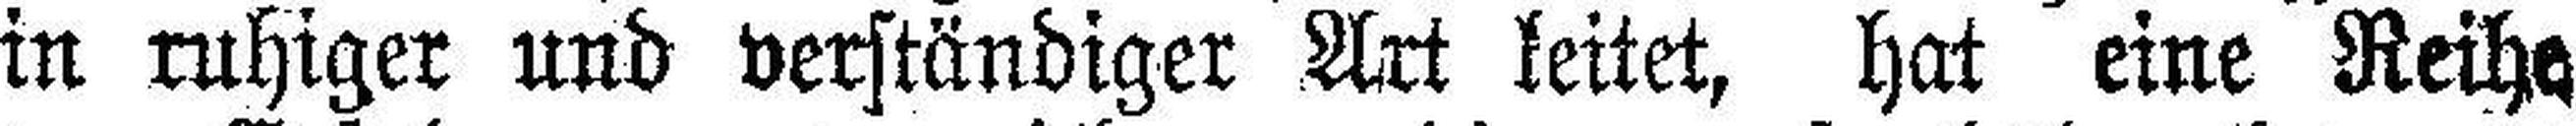
in ruhiger und verständiger Art leitet, hat eine Reihe